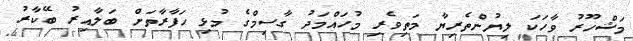
މަޝްހޫރު ވާހަކަ ލިޔުންތެރިޔާ މަތިވެރި މުހައްމަދު ގާސިމްގެ މުޅި ހަފާރާތަށް ބަލާއިރު ބޭކާރު